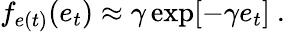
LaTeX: f_{e(t)}(e_{t})\approx\gamma\exp[-\gamma e_{t}]\mathrm{~.~}